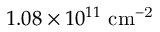
1 . 0 8 \times 1 0 ^ { 1 1 } ~ \mathrm { { c m } ^ { - 2 } }